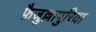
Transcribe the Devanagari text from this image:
फ़ैजुल्लापुरिया